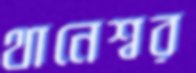
থানেশ্বর